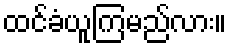
ထင်ခံယူကြမည်လား။